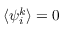
\langle { \psi } _ { i } ^ { k } \rangle = 0